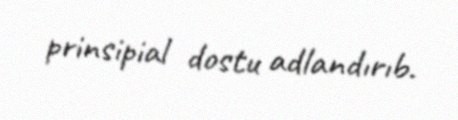
prinsipial dostu adlandırıb.